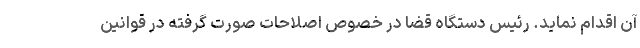
آن اقدام نماید. رئیس دستگاه قضا در خصوص اصلاحات صورت گرفته در قوانین